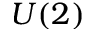
U ( 2 )